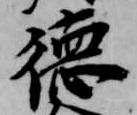
徳